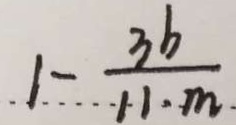
1 - \frac { 3 b } { 1 1 \cdot m }